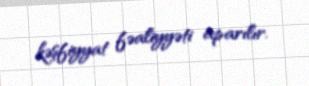
kəşfiyyat fəaliyyəti aparılır.